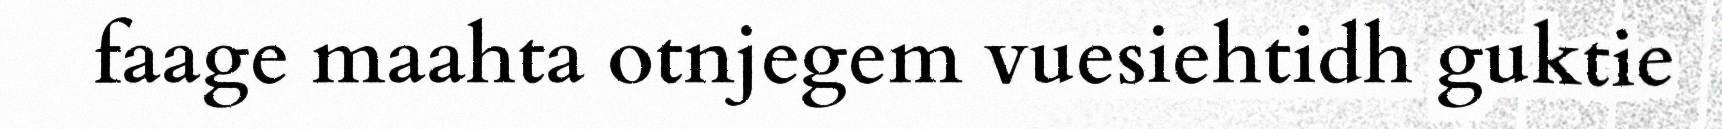
faage maahta otnjegem vuesiehtidh guktie